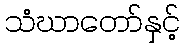
သံဃာတော်နှင့်